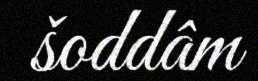
šoddâm